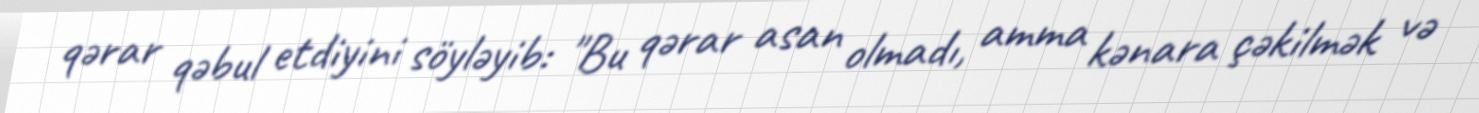
qərar qəbul etdiyini söyləyib: "Bu qərar asan olmadı, amma kənara çəkilmək və